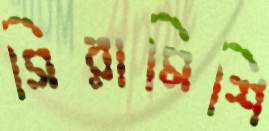
সিরামিশি